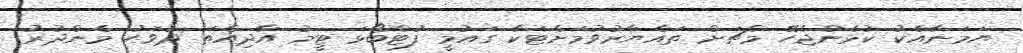
ޔަމަނާއެކު ކުޅެންޖެހޭ މެޗަށް ތައްޔާރުވުމަށްޓަކާ ގައުމީ ފުޓްބޯޅަ ޓީމު އާދިއްތަ ދުވަހު މެންދުރު